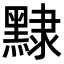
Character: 𪑠